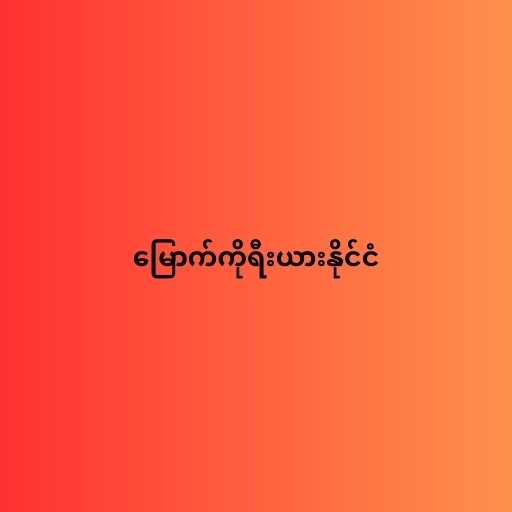
မြောက်ကိုရီးယားနိုင်ငံ